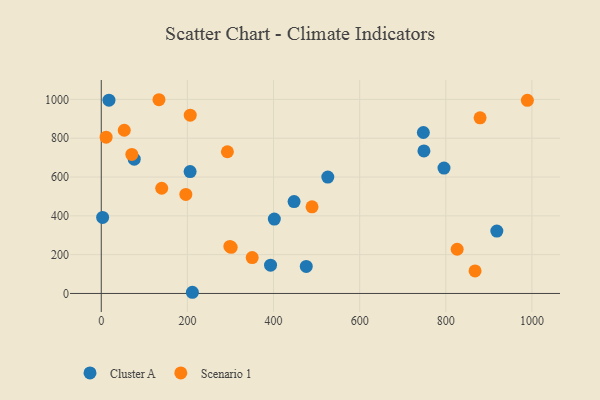
{"axis": {"x": "Investment", "y": "Demand"}, "legend": ["Cluster A", "Scenario 1"], "data": [{"x": "206.3", "y": 627.9, "type": "Cluster A"}, {"x": "393.1", "y": 146.0, "type": "Cluster A"}, {"x": "476.0", "y": 139.1, "type": "Cluster A"}, {"x": "749.2", "y": 734.7, "type": "Cluster A"}, {"x": "918.5", "y": 321.6, "type": "Cluster A"}, {"x": "795.8", "y": 646.2, "type": "Cluster A"}, {"x": "3.2", "y": 391.6, "type": "Cluster A"}, {"x": "526.0", "y": 599.8, "type": "Cluster A"}, {"x": "447.7", "y": 473.5, "type": "Cluster A"}, {"x": "747.9", "y": 829.4, "type": "Cluster A"}, {"x": "76.6", "y": 692.1, "type": "Cluster A"}, {"x": "17.9", "y": 996.2, "type": "Cluster A"}, {"x": "211.6", "y": 6.1, "type": "Cluster A"}, {"x": "401.9", "y": 383.2, "type": "Cluster A"}, {"x": "71.0", "y": 716.4, "type": "Scenario 1"}, {"x": "301.7", "y": 237.8, "type": "Scenario 1"}, {"x": "350.5", "y": 184.8, "type": "Scenario 1"}, {"x": "867.9", "y": 116.3, "type": "Scenario 1"}, {"x": "196.4", "y": 510.5, "type": "Scenario 1"}, {"x": "53.4", "y": 841.2, "type": "Scenario 1"}, {"x": "489.4", "y": 446.4, "type": "Scenario 1"}, {"x": "879.6", "y": 905.0, "type": "Scenario 1"}, {"x": "298.6", "y": 242.2, "type": "Scenario 1"}, {"x": "826.4", "y": 227.8, "type": "Scenario 1"}, {"x": "292.9", "y": 730.4, "type": "Scenario 1"}, {"x": "11.3", "y": 805.6, "type": "Scenario 1"}, {"x": "134.0", "y": 998.4, "type": "Scenario 1"}, {"x": "140.4", "y": 542.2, "type": "Scenario 1"}, {"x": "206.6", "y": 918.7, "type": "Scenario 1"}, {"x": "989.4", "y": 995.4, "type": "Scenario 1"}]}